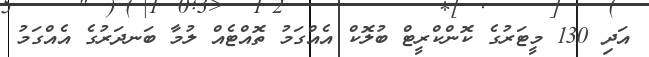
އަދި 130 މީޓަރުގެ ކޮންކްރީޓް ބުލޮކް އެއްގަމު ތޮއްޓެއް ލުމާ ބަނދަރުގެ އެއްގަމު